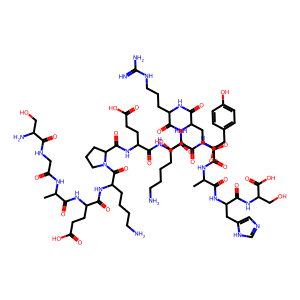
SMILES: CC(NC(=O)CNC(=O)C(N)CO)C(=O)NC(CCC(=O)O)C(=O)NC(CCCCN)C(=O)N1CCCC1C(=O)NC(CCC(=O)O)C(=O)NC(CCCCN)C(=O)NC(CCC(=O)O)C(=O)NC(CCCNC(=N)N)C(=O)NC(CO)C(=O)NC(Cc1ccc(O)cc1)C(=O)NC(C)C(=O)NC(Cc1cnc[nH]1)C(=O)NC(CO)C(=O)O
Inhibits HIV replication: No